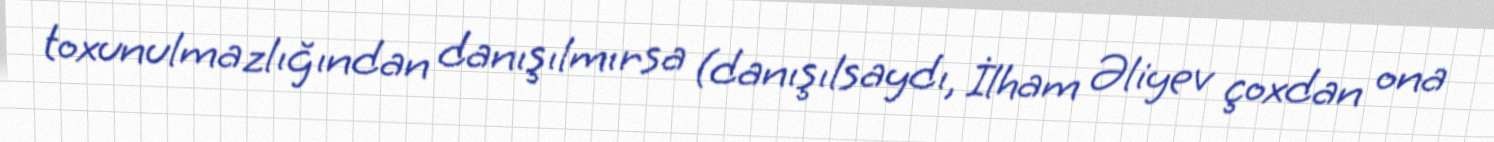
toxunulmazlığından danışılmırsa (danışılsaydı, İlham Əliyev çoxdan ona